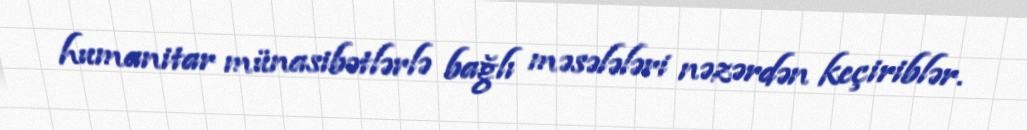
humanitar münasibətlərlə bağlı məsələləri nəzərdən keçiriblər.